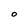
Character: O